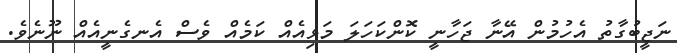
ނަޖީބުގާތު އެހުމުން އޭނާ ޖަހާނީ ކޮންކަހަލަ މަޅިއެއް ކަމެއް ވެސް އެނގެނީއެއް ނޫނެވެ.